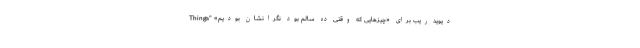
دیوید ریب برای «چیزهایی که وقتی ده سالم بود نگرانشان بودیم» "Things